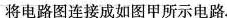
将电路图连接成如图甲所示电路。